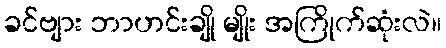
ခင်ဗျား ဘာဟင်းချို မျိုး အကြိုက်ဆုံးလဲ။